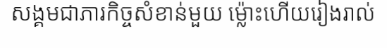
សង្គមជាភារកិច្ចសំខាន់មួយ ម្ល៉ោះហើយរៀងរាល់